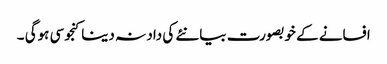
افسانے کے خوبصورت بیانئے کی داد نہ دینا کنجوسی ہوگی ۔